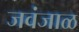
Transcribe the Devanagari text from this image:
जवंजाळ